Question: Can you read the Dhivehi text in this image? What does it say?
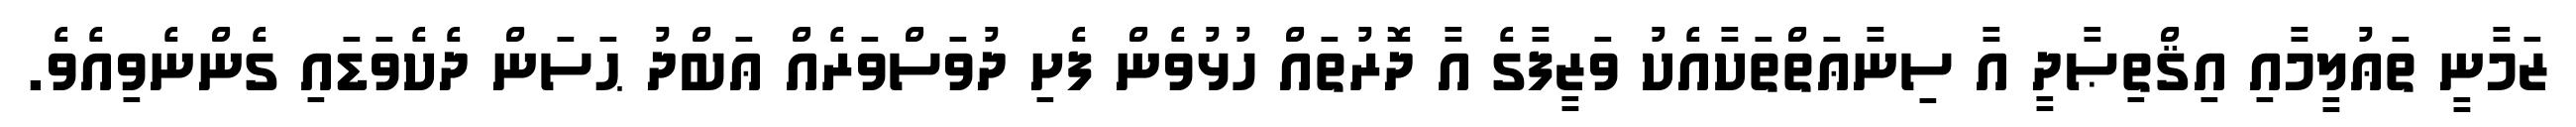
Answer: ޒަމާނީ ތަޢުލީމާއި އިޤްތިޞާދީ އާ ސިނާޢަތްތަކާއެކު ވަޒީފާގެ އާ ދޮރުތައް ހުޅުވެން ފެށި ދުވަސްވަރެއް ޢަބްދު ޙަސަން ދެކެވަޑައި ގެންނެވިއެވެ.